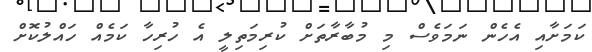
ކަމަށާއި އެހެން ނަމަވެސް މި މުބާރާތަށް ކުރިމަތިލީ އެ ހުރިހާ ކަމެއް ހައްލުކޮށް